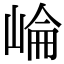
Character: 崘